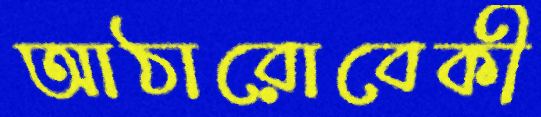
আঠারোবেকী